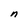
Character: n